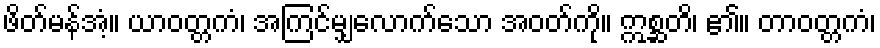
ဖိတ်မန်အံ့။ ယာဝတ္တကံ၊ အကြင်မျှလောက်သော အဝတ်ကို။ ဣစ္ဆတိ၊ ၏။ တာဝတ္တကံ၊